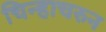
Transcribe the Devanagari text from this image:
चिन्हाचरुन